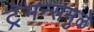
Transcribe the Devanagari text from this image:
ट्रेमन्समुळे